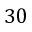
3 0